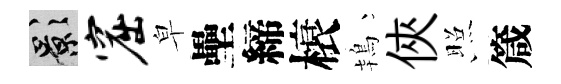
影窟皁壘締榱鴇俠照箴